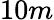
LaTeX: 10m